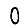
Digit: 0